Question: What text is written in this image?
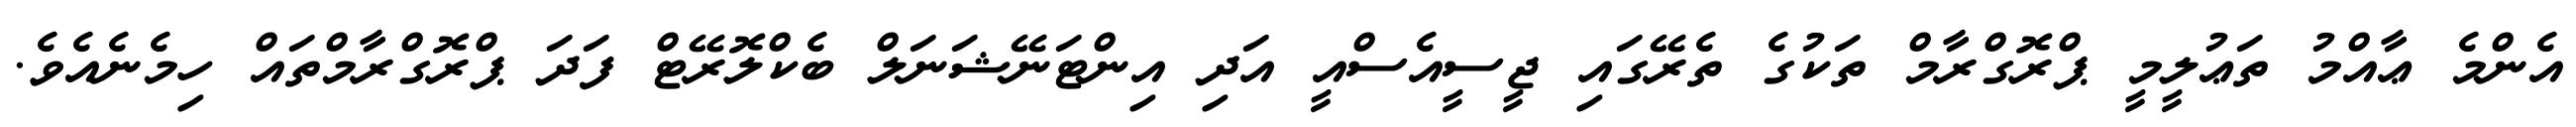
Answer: އެންމެ ޢާއްމު ތަޢުލީމީ ޕްރޮގްރާމް ތަކުގެ ތެރޭގައި ޖީސީއެސްއީ އަދި އިންޓަނޭޝަނަލް ބެކްލޮރޭޓް ފަދަ ޕްރޮގްރާމްތައް ހިމެނެއެވެ.